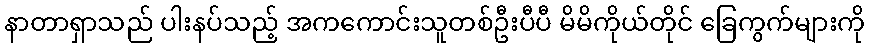
နာတာရှာသည် ပါးနပ်သည့် အကကောင်းသူတစ်ဦးပီပီ မိမိကိုယ်တိုင် ခြေကွက်များကို